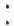
: